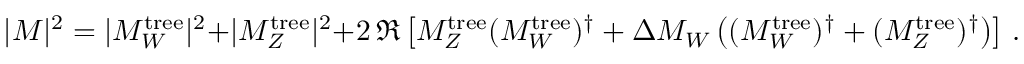
| { \cal M } | ^ { 2 } = | { \cal M } _ { W } ^ { \mathrm { t r e e } } | ^ { 2 } + | { \cal M } _ { Z } ^ { \mathrm { t r e e } } | ^ { 2 } + 2 \, \Re \left[ { \cal M } _ { Z } ^ { \mathrm { t r e e } } ( { \cal M } _ { W } ^ { \mathrm { t r e e } } ) ^ { \dagger } + \Delta { \cal M } _ { W } \left( ( { \cal M } _ { W } ^ { \mathrm { t r e e } } ) ^ { \dagger } + ( { \cal M } _ { Z } ^ { \mathrm { t r e e } } ) ^ { \dagger } \right) \right] \, .